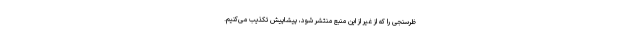
ظرسنجی را که از غیر از این منبع منتشر شود، پیشاپیش تکذیب می‌کنیم.